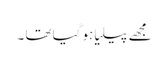
مجھے پیلیا ہو گیا تھا ۔